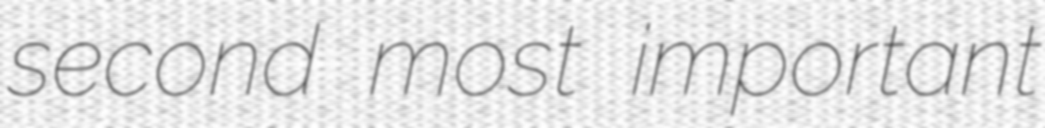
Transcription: second most important